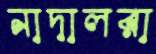
নাদালরা